Report on plague in the Punjab from October 1st ... to September 30th ..., being the ... season of plague in the province
Disease focus: Plague
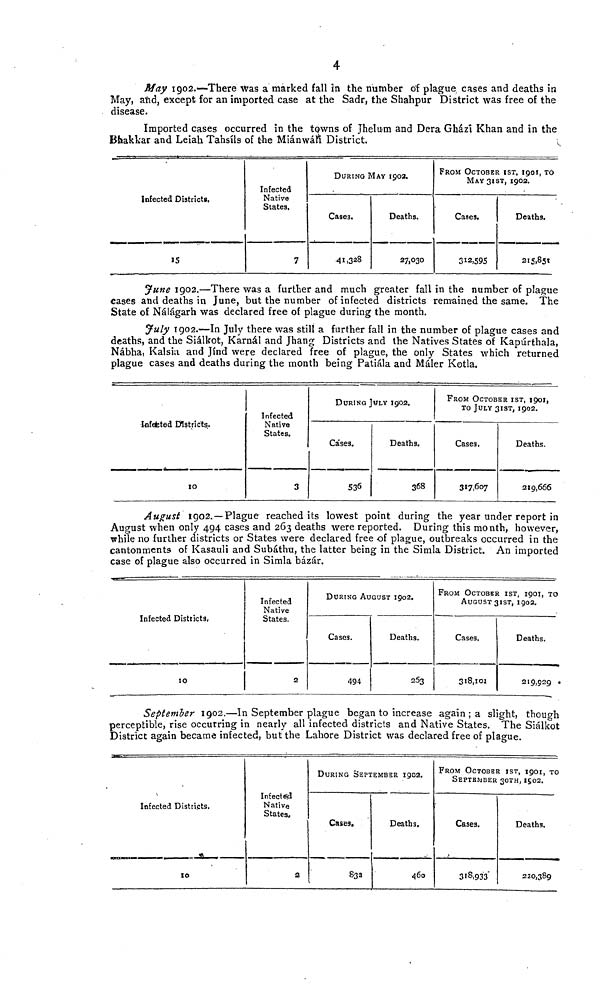
4
May 1902.—There was a marked fall in the number of plague cases and deaths in
May, and, except for an imported case at the Sadr, the Shahpur District was free of the
disease.
Imported cases occurred in the towns of Jhelum and Dera Ghazi Khan and in the
Bhakkar and Leiah Tahsils of the Mianwaft District.
Infected Districts,
15
Infected
Native
States.
7
DURING MAY 1902.
Cases.
41,328
Deaths.
27,030
FROM OCTOBER 1ST, 1901, TO
MAY 31ST, 1902.
Cases.
312,595
Deaths.
215,851
June 1902.—There was a further and much greater fall in the number of plague
cases and deaths in June, but the number of infected districts remained the same. The
State of Nalagarh was declared free of plague during the month.
July 1902.—In July there was still a further fall in the number of plague cases and
deaths, and the Sialkot, Karnal and Jhang Districts and the Natives States of Kapurthala,
Nabha, Kalsia and Jind were declared free of plague, the only States which returned
plague cases and deaths during the month being Patiala and Maler Kotla.
Infected Districts.
10
Infected
Native
States.
3
DURING JULY 1902.
Cases,
536
Deaths.
368
FROM OCTOBER 1ST, 1901,
TO JULY 31 ST, 1902.
Cases.
317,607
Deaths.
219,666
August 1902. —Plague reached its lowest point during the year under report in
August when only 494 cases and 263 deaths were reported. During this month, however,
while no further districts or States were declared free of plague, outbreaks occurred in the
cantonments of Kasauli and Subathu, the latter being in the Simla District. An imported
case of plague also occurred in Simla bazar.
Infected Districts,
10
Infected
Native
States.
2
DURING AUGUST 1902.
Cases.
494
Deaths.
263
FROM OCTOBER 1ST, 1901, TO
AUGUST 31ST, 1902.
Cases.
318,101
Deaths.
219,929
September 1902.—In September plague began to increase again ; a slight, though
perceptible, rise occurring in nearly all infected districts and Native States. The Sialkot
District again became infected, but the Lahore District was declared free of plague.
Infected Districts.
10
Infected
Native
States,
2
DURING SEPTEMBER 1902.
Cases.
83a
Deaths.
460
FROM OCTOBER 1ST, 1901, TO
SEPTEMBER 30TH, 1902.
Cases.
318,933
Deaths.
220,389